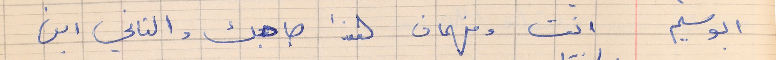
ابو سليم     انت وفهمان هذا صاحبك والتاني ابن